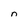
Character: n